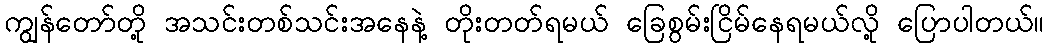
ကျွန်တော်တို့ အသင်းတစ်သင်းအနေနဲ့ တိုးတတ်ရမယ် ခြေစွမ်းငြိမ်နေရမယ်လို့ ပြောပါတယ်။